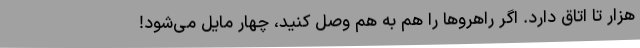
هزار تا اتاق دارد. اگر راهروها را هم به هم وصل کنید، چهار مایل می‌شود!